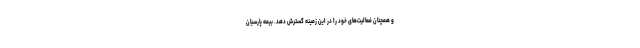
و همچنان فعالیت‌های خود‌ را د‌ر این زمینه گسترش د‌هد‌. بیمه پارسیان